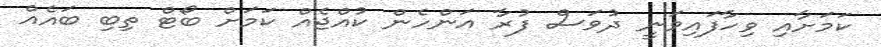
ކަމަށާއި ވިހާފައިވަނީ ދުވަސް ފުރާ އަންހެން ކުއްޖެއް ކަމަށް ބޯޓް ތިބި ބައެއް